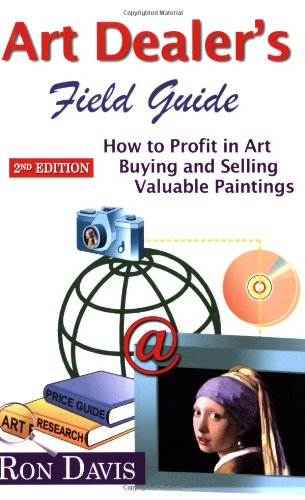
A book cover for Art Dealer's Field Guide: How to Profit in Art, Buying and Selling Valuable Paintings; Ron Davis; Arts & Photography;